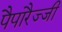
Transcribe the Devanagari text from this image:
पैपारैज्जी